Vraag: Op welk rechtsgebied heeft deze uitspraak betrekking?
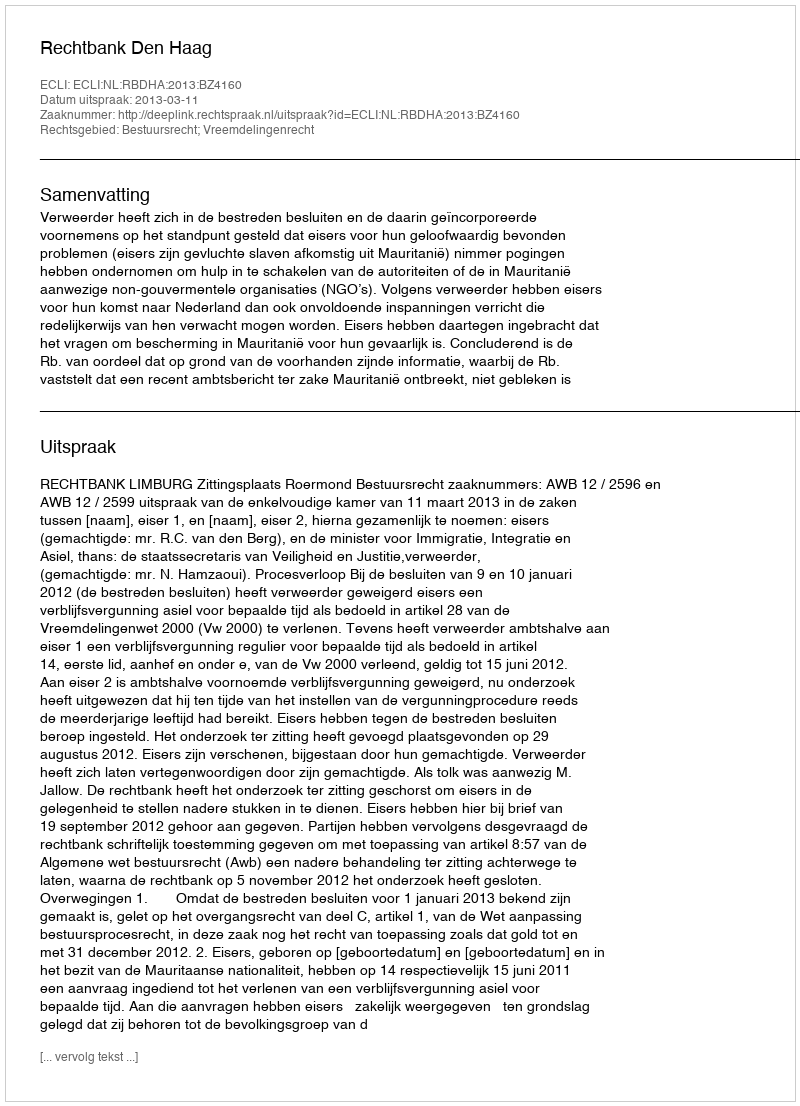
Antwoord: Bestuursrecht; Vreemdelingenrecht